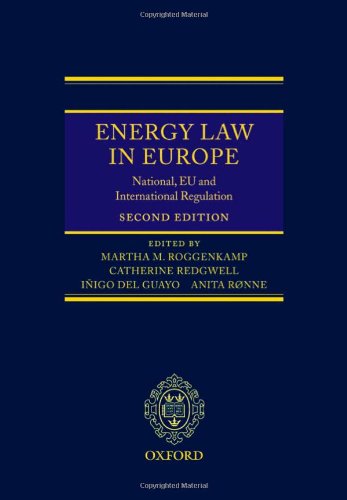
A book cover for Energy Law in Europe: National, EU and International Regulation; Law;